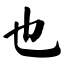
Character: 也